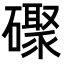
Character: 𪿼